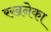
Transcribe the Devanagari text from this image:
रखनेका